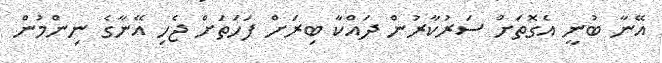
އޭނާ ބުނީ އެގޮތަށް ސަރުކާރުން ދައްކާ ބިރަށް ފަހަތަށް ޖެހި އޭނާގެ ނިންމުން